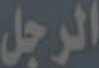
الرجل